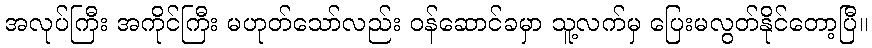
အလုပ်ကြီး အကိုင်ကြီး မဟုတ်သော်လည်း ဝန်ဆောင်ခမှာ သူ့လက်မှ ပြေးမလွတ်နိုင်တော့ပြီ။